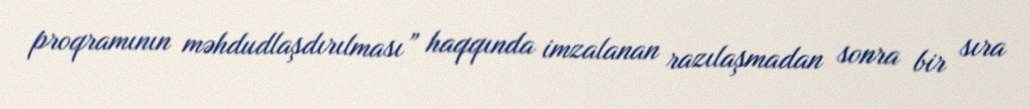
proqramının məhdudlaşdırılması” haqqında imzalanan razılaşmadan sonra bir sıra